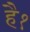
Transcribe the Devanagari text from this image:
है१